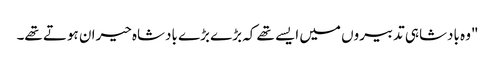
"وہ بادشاہی تدبیروں میں ایسے تھے کہ بڑے بڑے بادشاہ حیران ہوتے تھے۔